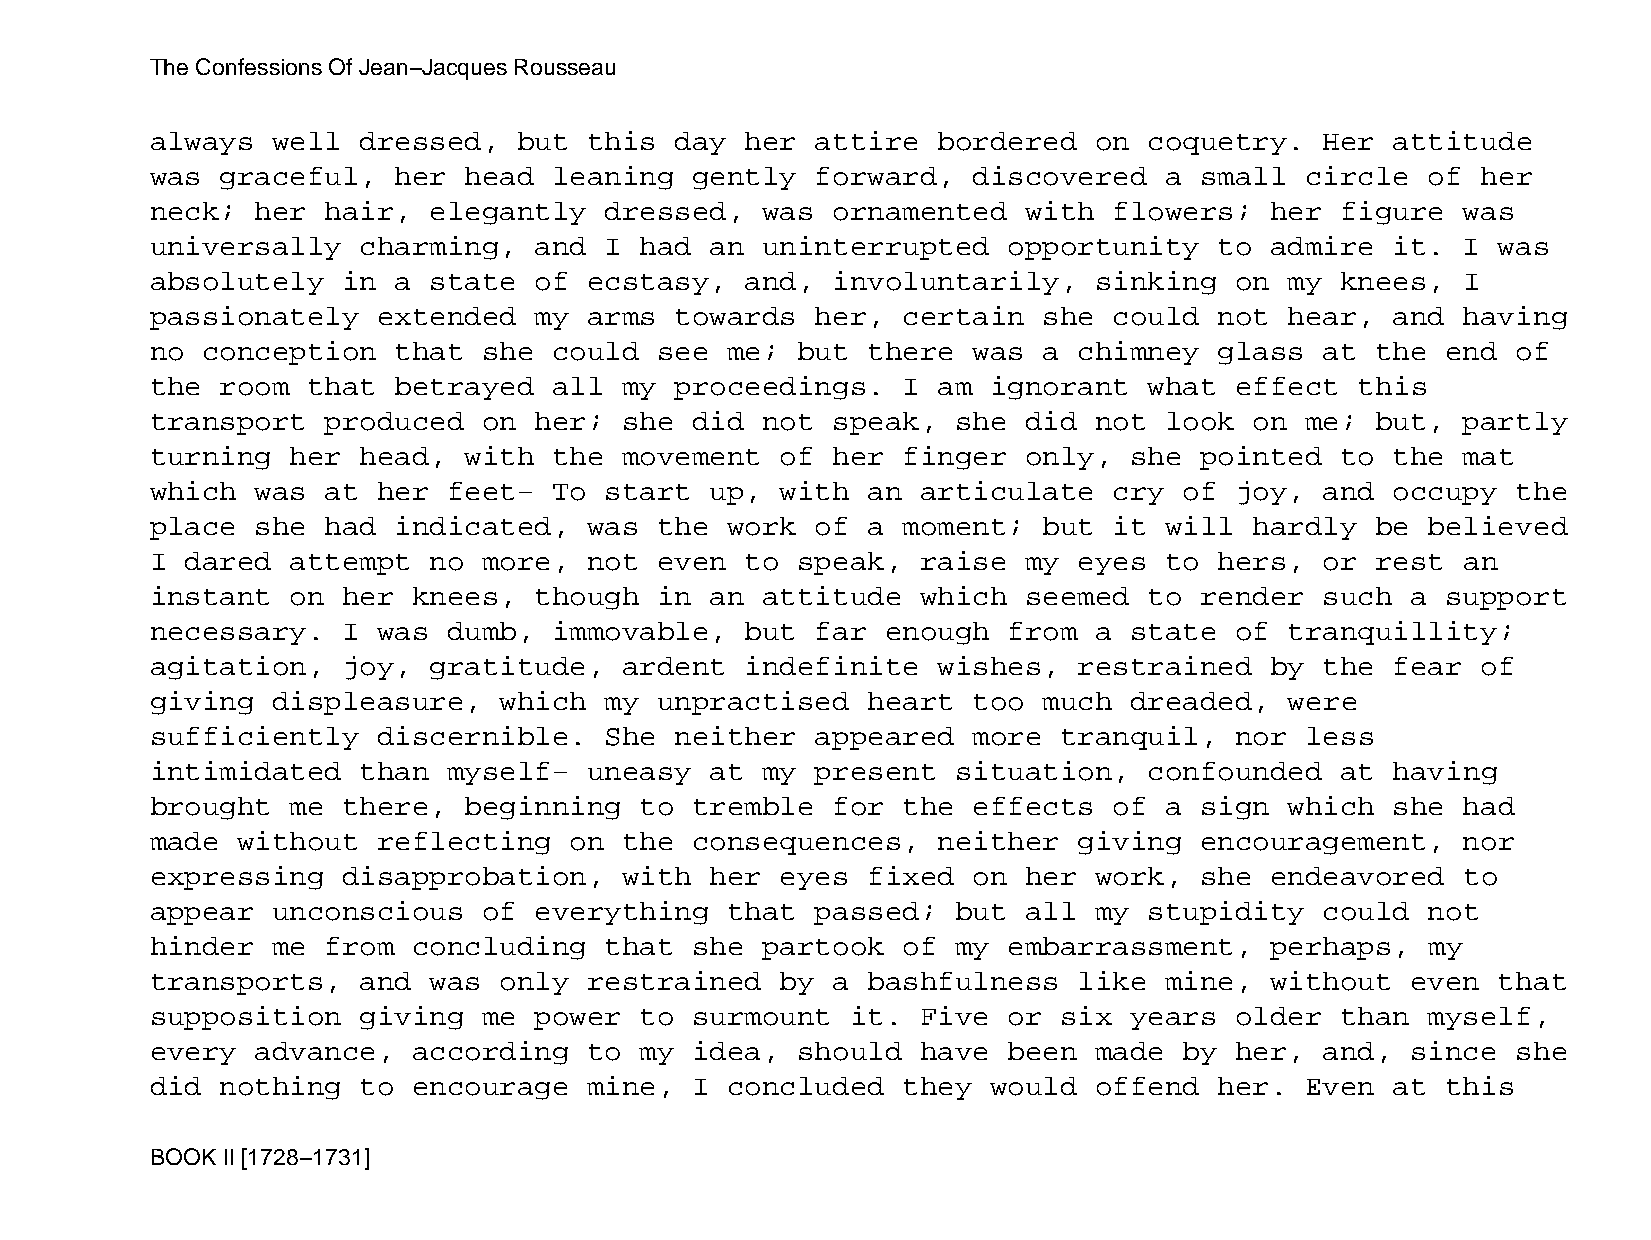
The Confessions Of Jean−Jacques Rousseau
 always  well  dressed,  but  this  day her  attire  bordered  on  coquetry.   Her attitude
 was  graceful,  her  head  leaning  gently  forward,  discovered   a small  circle   of her
 neck;  her  hair, elegantly   dressed,  was  ornamented   with  flowers;  her  figure  was
 universally   charming,  and  I had  an uninterrupted    opportunity   to admire  it.  I was
 absolutely   in a state  of  ecstasy,  and,  involuntarily,   sinking   on my  knees,  I
 passionately   extended  my  arms  towards  her,  certain  she  could  not hear,  and  having
 no conception   that  she  could  see me;  but there  was  a chimney   glass  at the  end of
 the  room that  betrayed   all my  proceedings.   I am  ignorant  what  effect  this
 transport   produced  on her;  she  did not  speak,  she  did not  look  on me;  but,  partly
 turning  her  head,  with  the movement   of her  finger  only,  she pointed   to the  mat
 which  was  at her  feet−  To start  up,  with an  articulate   cry of  joy,  and occupy  the
 place  she  had indicated,   was  the work  of a  moment;  but  it will  hardly  be  believed
 I dared  attempt  no  more,  not  even to  speak,  raise  my eyes  to  hers,  or rest  an
 instant  on  her knees,  though   in an attitude   which  seemed  to render   such a  support
 necessary.   I was  dumb,  immovable,  but  far  enough  from a  state  of tranquillity;
 agitation,   joy, gratitude,   ardent  indefinite   wishes,  restrained   by  the fear  of
 giving  displeasure,   which  my  unpractised  heart  too  much  dreaded,  were
 sufficiently   discernible.   She  neither  appeared  more  tranquil,   nor less
 intimidated   than  myself−  uneasy  at my  present  situation,   confounded   at having
 brought  me  there,  beginning  to  tremble  for  the effects   of a sign  which  she  had
 made  without  reflecting   on the  consequences,   neither  giving  encouragement,    nor
 expressing   disapprobation,   with  her  eyes fixed  on  her work,  she  endeavored   to
 appear  unconscious   of everything   that  passed;  but  all my  stupidity   could  not
 hinder  me  from concluding   that  she partook   of my  embarrassment,   perhaps,   my
 transports,   and was  only  restrained   by a bashfulness   like  mine,  without  even  that
 supposition   giving  me power  to  surmount  it.  Five  or six  years  older  than  myself,
 every  advance,  according   to my  idea,  should  have  been made  by  her,  and, since  she
 did  nothing  to encourage   mine,  I concluded   they  would offend   her. Even  at  this
 BOOK II [1728−1731]